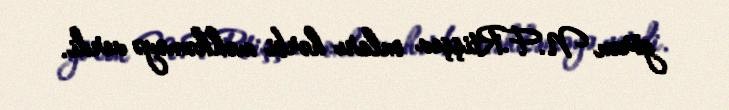
görən N.F.Rtişşev onları hərbi məhkəməyə verdi.